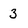
Character: 3